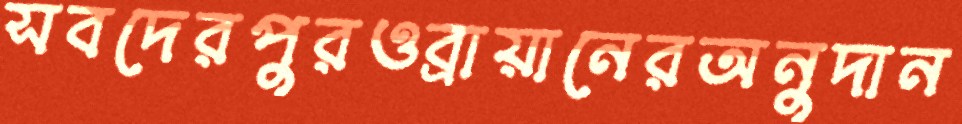
সবদেরপুরওব্রায়ানেরঅনুদান